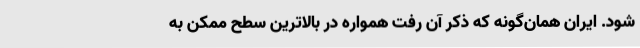
شود. ایران همان‌گونه که ذکر آن رفت همواره در بالاترین سطح ممکن به